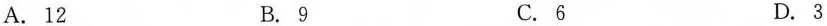
A.12 B.9 C.6 D.3